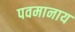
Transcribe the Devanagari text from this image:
पवमानाय